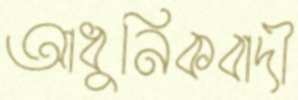
আধুনিকবাদী